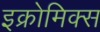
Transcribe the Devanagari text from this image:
इक्रोमिक्स